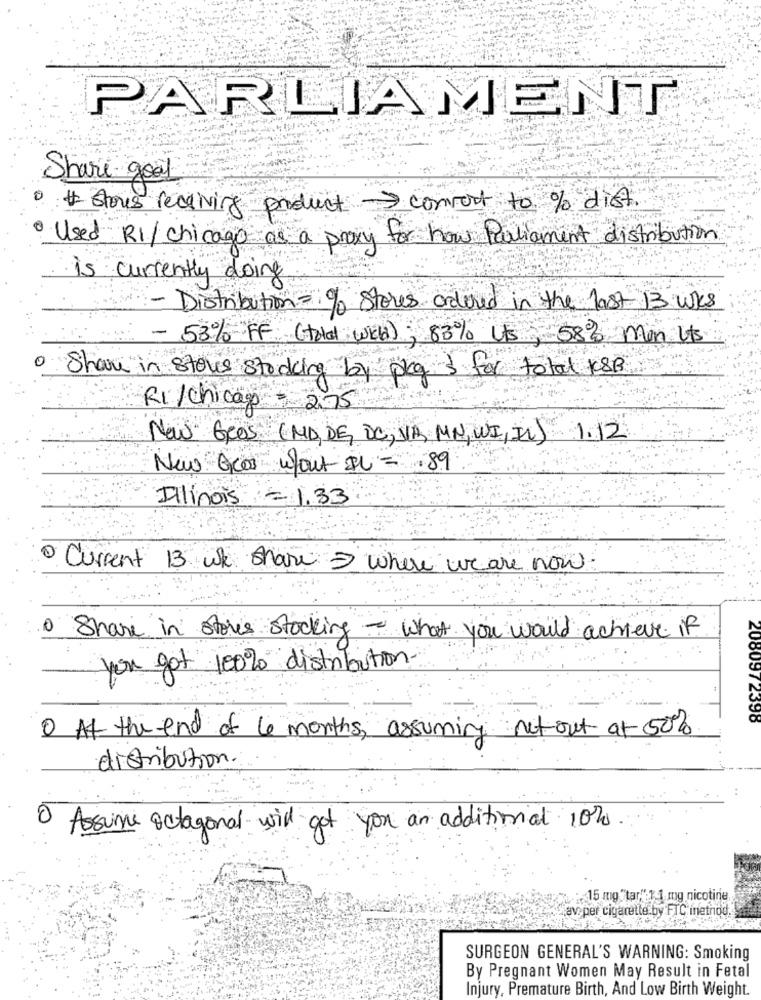
PARLIAMENT
Share good
0 # stous receiving product convert to % dist
· Used RI/ chicago as a proxy for how Parliament distribution
is currently doing
Distribution= % stores ordered in the last 13 wks
- 53% FF (total wield) , 83% its, 58% men Uts
0
Share in stores stocking by pkg ) for total KSB
RI/chicap = 2 :. 75
Não GROS (MD DE, DC, VA, MN, WI, IL)
1.12
New Aces Wout IL = 89
Illinois
1.33
· Current 13 wh share where we are now.
· Share in stores stocking - what you would achieve if
you got 100% distribution.
2080972398
0 At the end of 6 months, assuming not out at 50%
distribution.
0
Assume octagonal will get you an additional 10%
:15 mg "tar,"1 1 mg nicotine
av. per cigarette by FTC inetnod.
SURGEON GENERAL'S WARNING: Smoking
By Pregnant Women May Result in Fetal
Injury, Premature Birth, And Low Birth Weight